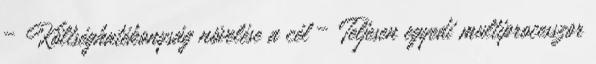
– Költséghatékonyság növelése a cél – Teljesen egyedi multiprocesszor